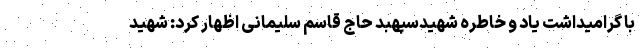
با گرامیداشت یاد و خاطره شهیدسپهبد حاج قاسم سلیمانی اظهار کرد: شهید